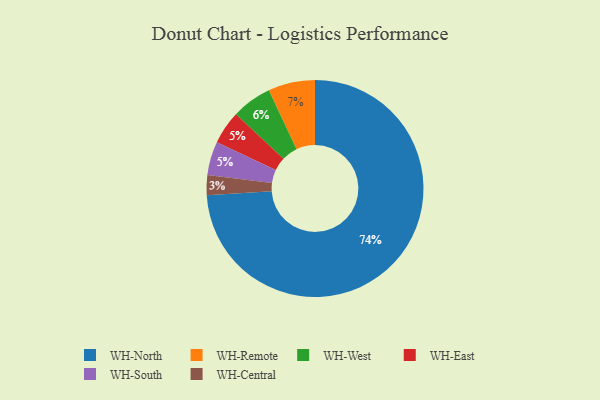
{"axis": {"x": "Category", "y": "Percentage"}, "legend": ["WH-Central", "WH-East", "WH-North", "WH-Remote", "WH-South", "WH-West"], "data": [{"x": "WH-Remote", "y": 7, "type": "WH-Remote"}, {"x": "WH-East", "y": 5, "type": "WH-East"}, {"x": "WH-West", "y": 6, "type": "WH-West"}, {"x": "WH-North", "y": 74, "type": "WH-North"}, {"x": "WH-South", "y": 5, "type": "WH-South"}, {"x": "WH-Central", "y": 3, "type": "WH-Central"}]}